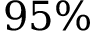
9 5 \%